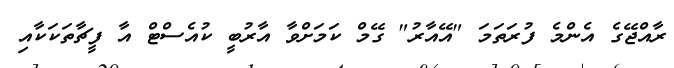
ރާއްޖޭގެ އެންމެ ފުރަތަމަ "އޭއާރު" ގޭމް ކަމަށްވާ އާރުބީ ކުއެސްޓް އާ ފީޗާތަކަކާއި